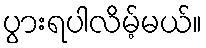
ပွားရပါလိမ့်မယ်။